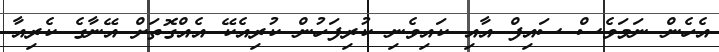
އެހެން ނަމަވެސް ސައިފް އާއި ކައިވެނި ކުރިފަހުން ކުރިއެކޭ އެއްގޮތަށް އޭނާގެ ކެރިއާ